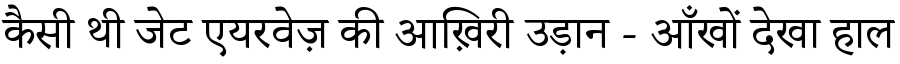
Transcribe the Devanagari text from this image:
कैसी थी जेट एयरवेज़ की आख़िरी उड़ान - आँखों देखा हाल